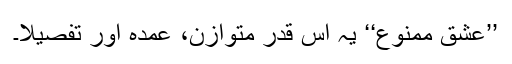
’’عشق ممنوع‘‘ یہ اس قدر متوازن، عمدہ اور تفصیلاً۔